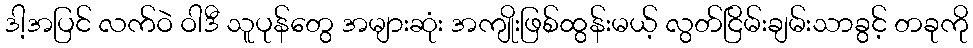
ဒါ့အပြင် လက်ဝဲ ဝါဒီ သူပုန်တွေ အများဆုံး အကျိုးဖြစ်ထွန်းမယ့် လွတ်ငြိမ်းချမ်းသာခွင့် တခုကို